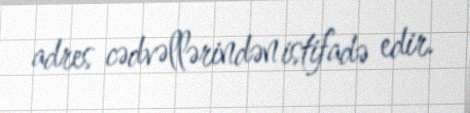
adres cədvəllərindən istifadə edir.